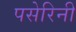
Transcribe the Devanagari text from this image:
पसेरिनी